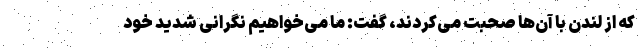
که از لندن با آن‌ها صحبت می‌کردند، گفت: ما می‌خواهیم نگرانی شدید خود